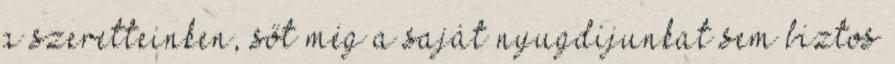
a szeretteinken, sőt még a saját nyugdíjunkat sem biztos